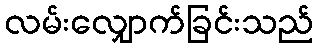
လမ်းလျှောက်ခြင်းသည်